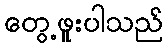
တွေ့ဖူးပါသည်